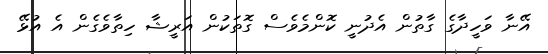
އޭނާ ވަހީދާގެ ގާތުން އެދުނީ ކޮންމެވެސް ގޮތަކުން އަރީޝާ ހިތާވެގެން އެ އުޅޭ